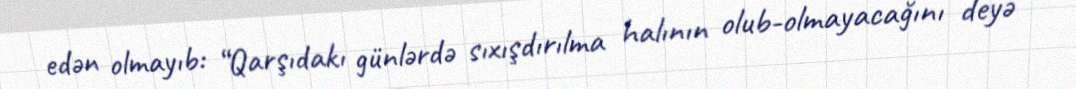
edən olmayıb: “Qarşıdakı günlərdə sıxışdırılma halının olub-olmayacağını deyə